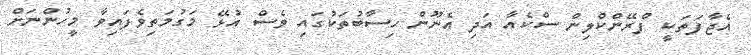
އެޖާފަތަކީ ފްރޭންކްލިން ސްކެއާ އަދި އެނޫން ހިސާބުތަކުގައި ވެސް އުޅޭ މަގުމަތިވެފައިވާ މީހުންނަށް